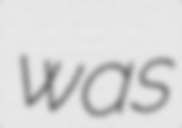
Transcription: was